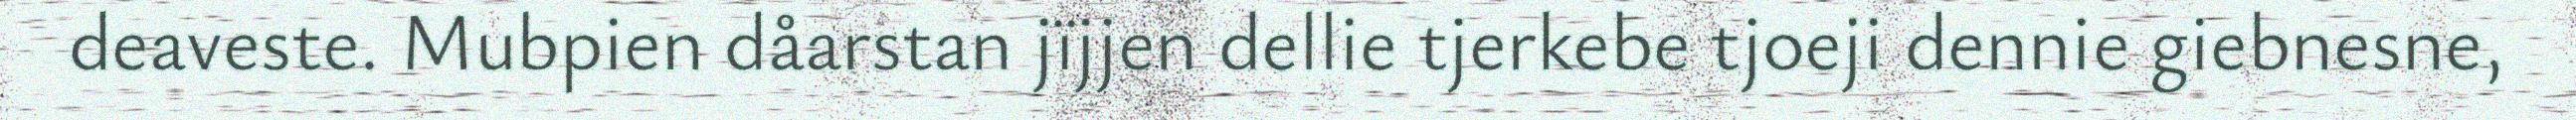
deaveste. Mubpien dåarstan jïjjen dellie tjerkebe tjoeji dennie giebnesne,